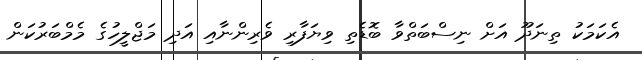
އެކަމަކު ތިނަދޫ އަށް ނިސްބަތްވާ ބޮޑެތި ވިޔަފާރި ވެރިންނާއި އަދި މަޖްލީހުގެ މެމްބަރުކަން